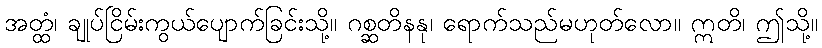
အတ္ထံ၊ ချုပ်ငြိမ်းကွယ်ပျောက်ခြင်းသို့။ ဂစ္ဆတိနနု၊ ရောက်သည်မဟုတ်လော။ ဣတိ၊ ဤသို့။